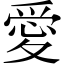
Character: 愛